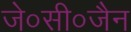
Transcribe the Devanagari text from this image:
जे०सी०जैन